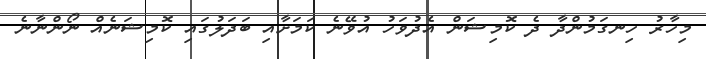
މިހާރު ހިނގަމުންދާ ދެ ކޮމިޝަން އެދުވަހު އުވޭނެ ކަމަށާއި ބަދަލުގައި ކޮމިޝަނެއް ނޯންނާނެ